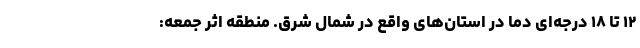
۱۲ تا ۱۸ درجه‌ای دما در استان‌های واقع در شمال شرق. منطقه اثر جمعه: